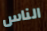
الناس